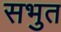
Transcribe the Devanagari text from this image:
सभुत